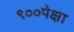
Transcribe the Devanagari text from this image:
९००पेक्षा